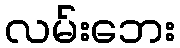
လမ်းဘေး